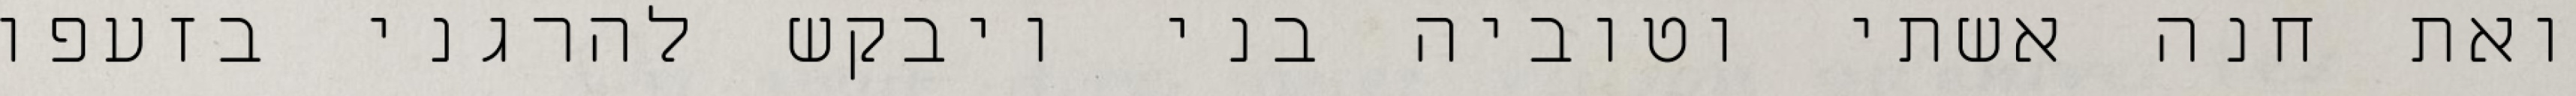
ואת חנה אשתי וטוביה בני ויבקש להרגני בזעפו